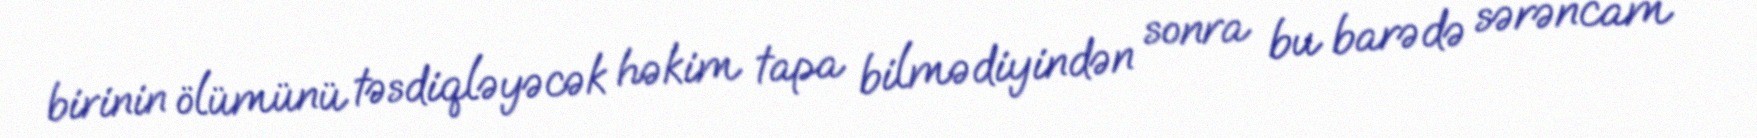
birinin ölümünü təsdiqləyəcək həkim tapa bilmədiyindən sonra bu barədə sərəncam